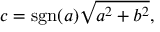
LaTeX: c = \operatorname { s g n } ( a ) { \sqrt { a ^ { 2 } + b ^ { 2 } } } ,